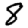
Digit: 8